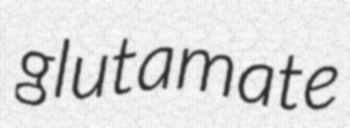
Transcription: glutamate